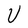
Character: U